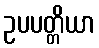
ဥပပတ္တိယာ